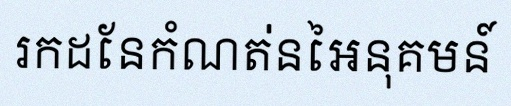
រកដែនកំណត់នៃអនុគមន៍